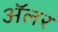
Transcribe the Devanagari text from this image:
ॲलर